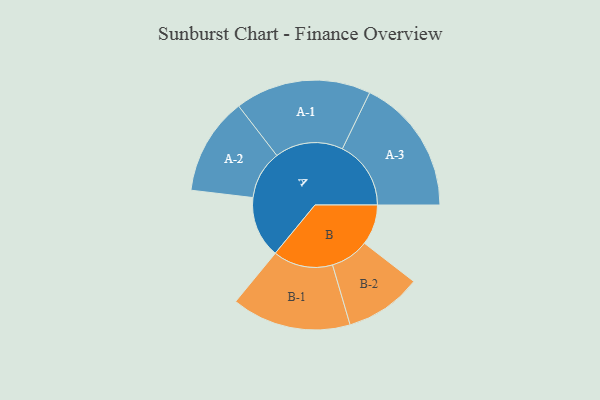
{"axis": {"x": "Segment", "y": "Value"}, "legend": ["", "A", "B"], "data": [{"x": "A", "y": 257, "type": ""}, {"x": "B", "y": 169, "type": ""}, {"x": "A-1", "y": 285, "type": "A"}, {"x": "A-2", "y": 204, "type": "A"}, {"x": "A-3", "y": 287, "type": "A"}, {"x": "B-1", "y": 250, "type": "B"}, {"x": "B-2", "y": 161, "type": "B"}]}